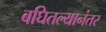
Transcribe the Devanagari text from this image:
बघितल्यानंतर